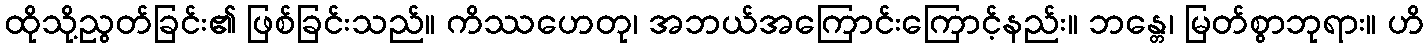
ထိုသို့ညွတ်ခြင်း၏ ဖြစ်ခြင်းသည်။ ကိဿဟေတု၊ အဘယ်အကြောင်းကြောင့်နည်း။ ဘန္တေ၊ မြတ်စွာဘုရား။ ဟိ